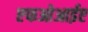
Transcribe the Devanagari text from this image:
एफओआईए